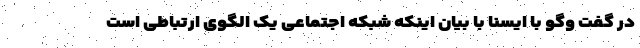
در گفت وگو با ایسنا با بیان اینکه شبکه اجتماعی یک الگوی ارتباطی است